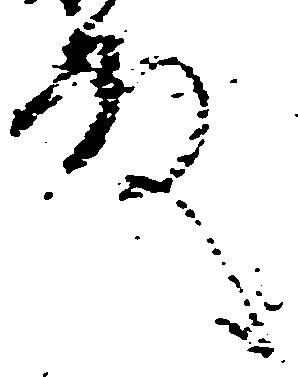
殿